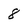
Character: 8